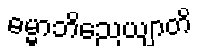
ဓမ္မာဘိညေယျာတိ